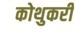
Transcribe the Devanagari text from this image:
कोथुकरी